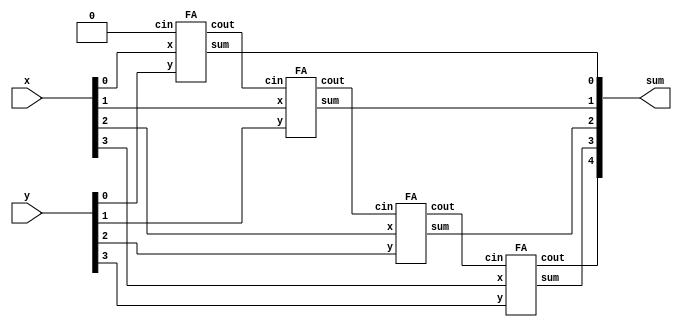
module exams(

    input [3:0] x,
    input [3:0] y,
    output [4:0] sum

);

    wire [3:0] cout;

    FA FA0(x[0], y[0], 1'b0       ,cout[0], sum[0]); // cin 1bit 1'b0 
    FA FA1(x[1], y[1], cout[0], cout[1], sum[1]);
    FA FA2(x[2], y[2], cout[1], cout[2], sum[2]);
    FA FA3(x[3], y[3], cout[2], sum[4],  sum[3]);
   


endmodule

module FA(
    input x,
    input y,
    input cin,
    output cout,
    output sum

);

    assign {cout, sum} = x + y + cin;

endmodule

// module tb;

//     reg [3:0] x;
//     reg [3:0] y;
//     wire [4:0] sum;

//     exams u0(.x(x), .y(y), .sum(sum));

//     integer i;

//     initial begin
//         x = 0;
//         y = 0;


//         for (i = 0;  i <16; i = i +1) begin
//         #10
//         x = $random;
//         y = $random;

//     end

//     initial begin
//         $display("x\ty\tsum");
//         $monitor("%b\t%b\t%b", x, y, sum);

//     end

//     initial begin
//         $dumpfile("exams.vcd");
//         $dumpvars;
//     end

// endmodule